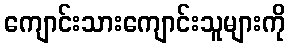
ကျောင်းသားကျောင်းသူများကို